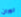
لوران